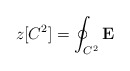
\begin{align*}z[C^2]=\oint_{C^2}{\mathbf E}\end{align*}